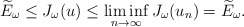
\begin{align*}\widetilde{E}_{\omega}\leq J_{\omega}(u)\leq\liminf_{n\rightarrow\infty}J_{\omega}(u_{n})=\widetilde{E}_{\omega}.\end{align*}